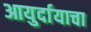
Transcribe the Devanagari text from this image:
आयुर्दायाचा